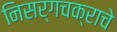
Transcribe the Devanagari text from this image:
निसर्गचक्राचे